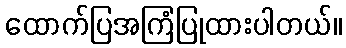
ထောက်ပြအကြံပြုထားပါတယ်။